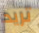
تريد